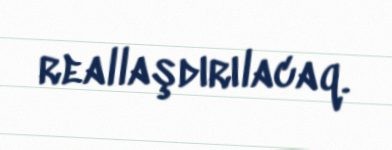
reallaşdırılacaq.